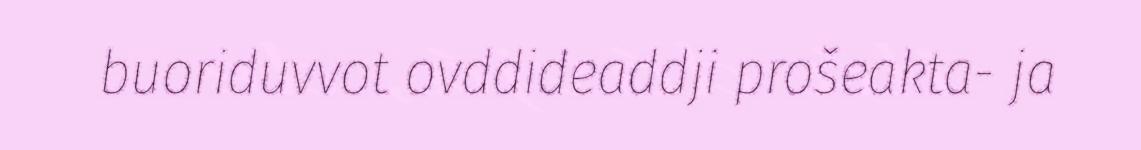
buoriduvvot ovddideaddji prošeakta- ja